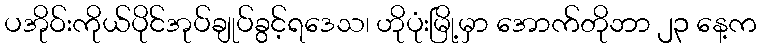
ပအိုဝ်းကိုယ်ပိုင်အုပ်ချုပ်ခွင့်ရဒေသ၊ ဟိုပုံးမြို့မှာ အောက်တိုဘာ ၂၃ နေ့က